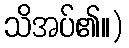
သိအပ်၏။)